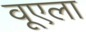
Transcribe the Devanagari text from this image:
वूएला